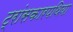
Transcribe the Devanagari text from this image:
ट्रांसकारपथिया